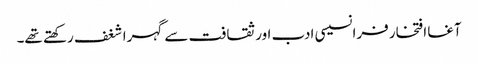
آغا افتخار فرانسیسی ادب اور ثقافت سے گہرا شغف رکھتے تھے۔